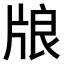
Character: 𤗀